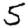
Digit: 5